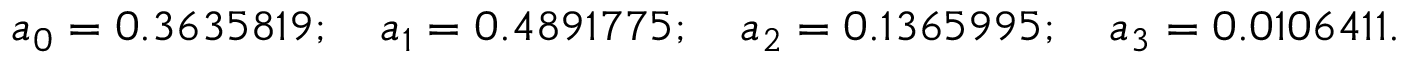
a _ { 0 } = 0 . 3 6 3 5 8 1 9 ; \quad a _ { 1 } = 0 . 4 8 9 1 7 7 5 ; \quad a _ { 2 } = 0 . 1 3 6 5 9 9 5 ; \quad a _ { 3 } = 0 . 0 1 0 6 4 1 1 .